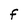
Character: f